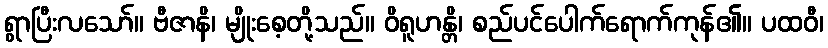
ရွာပြီးလသော်။ ဗီဇာနိ၊ မျိုးစေ့တို့သည်။ ဝိရူဟန္တိ၊ စည်ပင်ပေါက်ရောက်ကုန်၏။ ပထဝီ၊